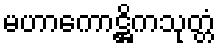
မဟာကောဋ္ဌိကသုတ္တံ